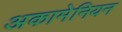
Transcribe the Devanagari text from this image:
अकामेनियन